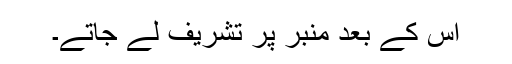
اس کے بعد منبر پر تشریف لے جاتے۔